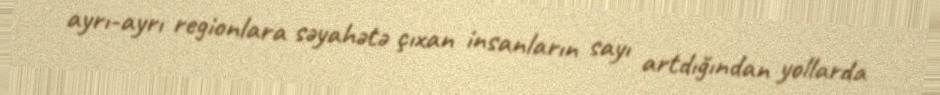
ayrı-ayrı regionlara səyahətə çıxan insanların sayı artdığından yollarda